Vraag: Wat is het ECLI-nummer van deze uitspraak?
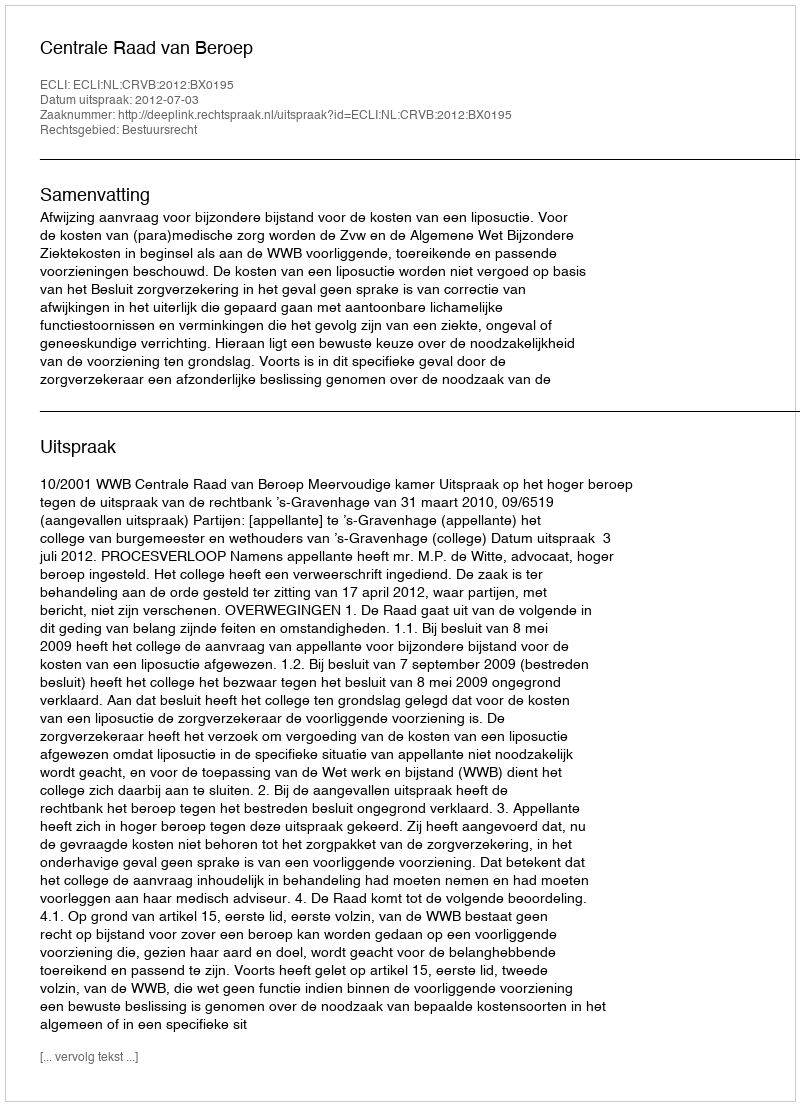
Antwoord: ECLI:NL:CRVB:2012:BX0195